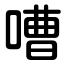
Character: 嘈